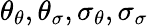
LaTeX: \theta_{\theta},\theta_{\sigma},\sigma_{\theta},\sigma_{\sigma}